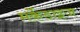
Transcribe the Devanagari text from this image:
मर्केडाइज